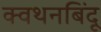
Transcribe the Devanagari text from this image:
क्वथनबिंदू